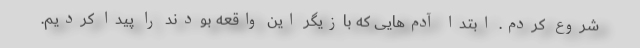
شروع کردم. ابتدا آدم‌هایی که بازیگر این واقعه بودند را پیدا کردیم.